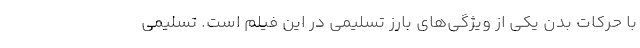
با حرکات بدن يکي از ويژگي‌هاي بارز تسليمي در اين فيلم است. تسليمي